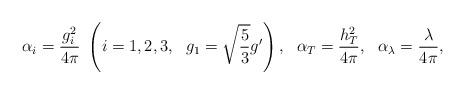
LaTeX: \begin{align*}\alpha_{i}=\frac{g_{i}^{2}}{4\pi}~\left(i=1,2,3,~~g_{1}=\sqrt{\frac{5}{3}}g'\right),~~\alpha_{T}=\frac{h_{T}^{2}}{4\pi},~~\alpha_{\lambda}=\frac{\lambda}{4\pi},\end{align*}